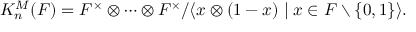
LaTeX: K _ { n } ^ { M } ( F ) = F ^ { \times } \otimes \cdots \otimes F ^ { \times } / \langle x \otimes ( 1 - x ) \mid x \in F \smallsetminus \{ 0 , 1 \} \rangle .